Scientific memoirs by medical officers of the Army of India - Part IX,
Year: 1895
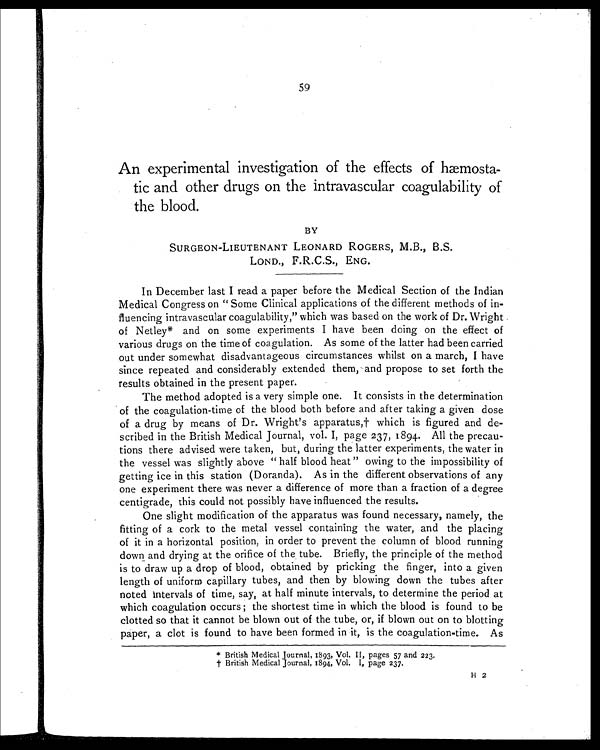
59
An experimental investigation of the effects of hæmosta-
tic and other drugs on the intravascular coagulability of
the blood.
BY
SURGEON-LIEUTENANT LEONARD ROGERS, M.B., B.S.
LOND., F.R.C.S., ENG.
In December last I read a paper before the Medical Section of the Indian
Medical Congress on " Some Clinical applications of the different methods of in-
fluencing intravascular coagulability," which was based on the work of Dr. Wright
of Netley* and on some experiments I have been doing on the effect of
various drugs on the time of coagulation. As some of the latter had been carried
out under somewhat disadvantageous circumstances whilst on a march, I have
since repeated and considerably extended them, and propose to set forth the
results obtained in the present paper.
The method adopted is a very simple one. It consists in the determination
of the coagulation-time of the blood both before and after taking a given dose
of a drug by means of Dr. Wright's apparatus,† which is figured and de-
scribed in the British Medical Journal, vol. I, page 237, 1894. All the precau-
tions there advised were taken, but, during the latter experiments, the water in
the vessel was slightly above "half blood heat" owing to the impossibility of
getting ice in this station (Doranda). As in the different observations of any
one experiment there was never a difference of more than a fraction of a degree
centigrade, this could not possibly have influenced the results.
One slight modification of the apparatus was found necessary, namely, the
fitting of a cork to the metal vessel containing the water, and the placing
of it in a horizontal position, in order to prevent the column of blood running
down and drying at the orifice of the tube. Briefly, the principle of the method
is to draw up a drop of blood, obtained by pricking the finger, into a given
length of uniform capillary tubes, and then by blowing down the tubes after
noted intervals of time, say, at half minute intervals, to determine the period at
which coagulation occurs ; the shortest time in which the blood is found to be
clotted so that it cannot be blown out of the tube, or, if blown out on to blotting
paper, a clot is found to have been formed in it, is the coagulation-time. As
* British Medical Journal, 1893, Vol. II, pages 57 and 223.
† B r i t i s h M e d i c a l J o u r n a l , 1 8 9 4 , V o l . I , p a g e 2 3 7 .
H 2